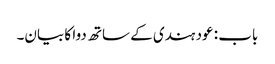
باب : عود ہندی کے ساتھ دوا کا بیان۔